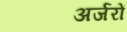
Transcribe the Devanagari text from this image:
अर्जरों